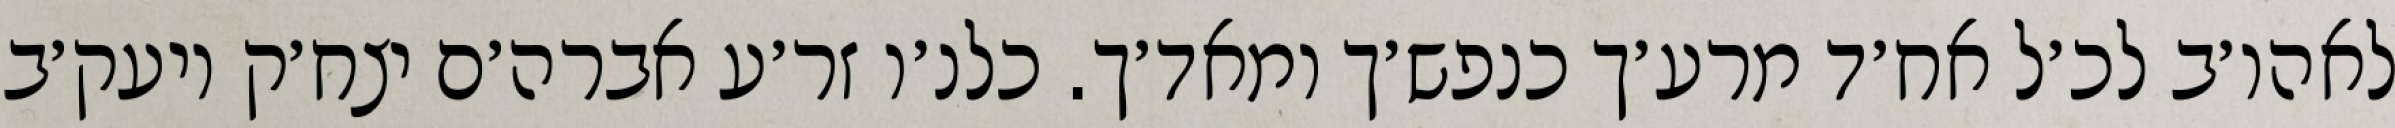
לאהו׳ב לכ׳ל אח׳ד מרע׳ך כנפש׳ך ומאד׳ך. כלנ׳ו זר׳ע אברה׳ם יצח׳ק ויעק׳ב